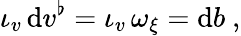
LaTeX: \iota_{v}\, \mathrm{d}v^{\flat}=\iota_{v}\, \omega_{\xi}=\mathrm{d}b\ ,